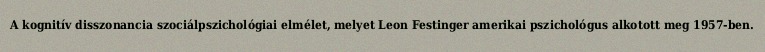
A kognitív disszonancia szociálpszichológiai elmélet, melyet Leon Festinger amerikai pszichológus alkotott meg 1957-ben.